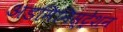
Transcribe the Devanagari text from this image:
अडमिनिस्ट्रेशन